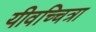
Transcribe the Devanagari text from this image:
यीवच्चित्रा